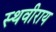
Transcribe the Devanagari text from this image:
स्थवीराय